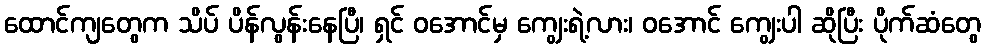
ထောင်ကျတွေက သိပ် ပိန်လွန်းနေပြီ၊ ရှင် ဝအောင်မှ ကျွေးရဲ့လား၊ ဝအောင် ကျွေးပါ ဆိုပြီး ပိုက်ဆံတွေ